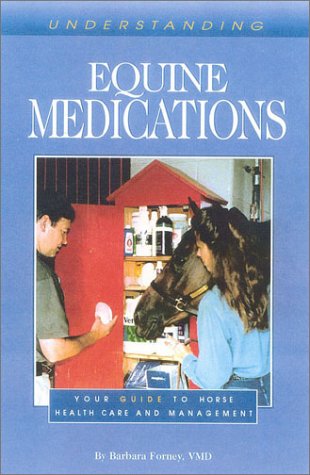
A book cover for Understanding Equine Medications: Your Guide to Horse Health Care and Management (Horse Health Care Library); Barbara D Forney; Medical Books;